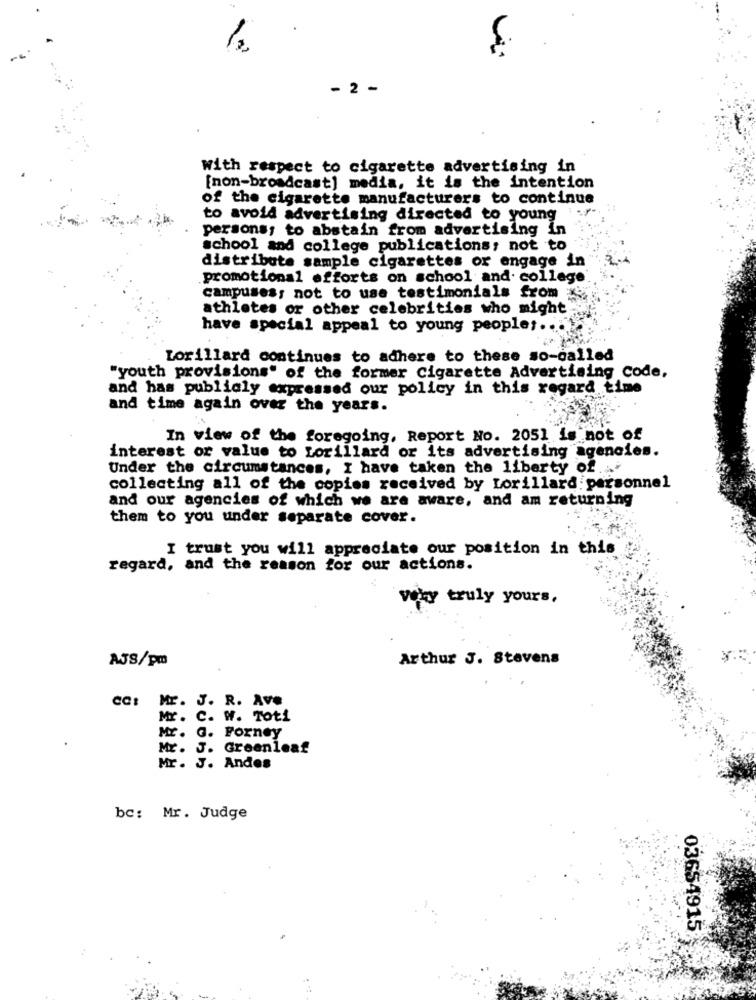
- 2 -
With respect to cigarette advertising in
[non-broadcast] media, it is the intention
of the cigarette manufacturers to continue
to avoid advertising directed to young
persons; to abstain from advertising in
school and college publications; not to
distribute sample cigarettes or engage in
promotional efforts on school and. college
campuses; not to use testimonials from
athletes or other celebrities who might
have special appeal to young people ;...
Lorillard continues to adhere to these so-called
"youth provisions" of the former Cigarette Advertising Code,
and has publicly expressed our policy in this regard time
and time again over the years.
In view of the foregoing, Report No. 2051 is not of
interest or value to Lorillard or its advertising agencies.
Under the circumstances, I have taken the liberty of ..
collecting all of the copies received by Lorillard: personnel
and our agencies of which we are aware, and am returning
them to you under separate cover.
I trust you will appreciate our position in this
regard, and the reason for our actions.
very truly yours,
AJS/pm
Arthur J. Stevens
CC: Mr. J. R. Ave
Mr. C. W. Toti
MY. G. Forney
Mr. J. Greenleaf
Mr. J. Andes
bc: Mr. Judge
03654915: